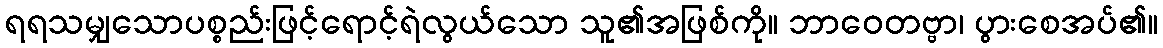
ရရသမျှသောပစ္စည်းဖြင့်ရောင့်ရဲလွယ်သော သူ၏အဖြစ်ကို။ ဘာဝေတဗ္ဗာ၊ ပွားစေအပ်၏။